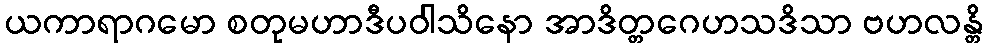
ယကာရာဂမော စတုမဟာဒီပဝါသိနော အာဒိတ္တဂေဟသဒိသာ ဗဟလန္တိ